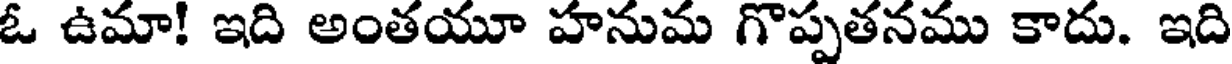
ఓ ఉమా! ఇది అంతయూ హనుమ గొప్పతనము కాదు. ఇది